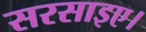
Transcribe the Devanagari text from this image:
सरसाइए।